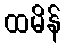
ထမိန်